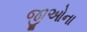
જીઓના